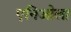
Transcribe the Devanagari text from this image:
एनिओला